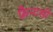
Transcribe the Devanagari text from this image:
फ़ैन्टसी